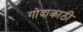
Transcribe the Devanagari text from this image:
गोदाकाठी